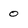
Character: 0